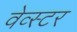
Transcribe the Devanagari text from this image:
वेव्स्टर